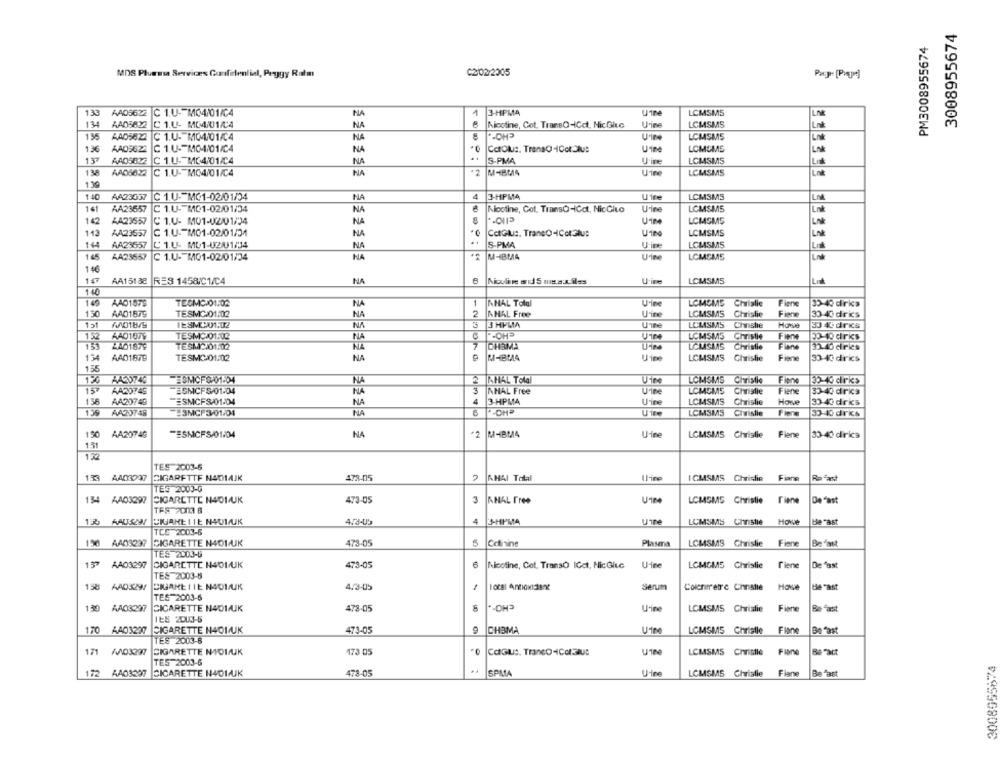
3008955674
PM3008955674
MDS Plumasa Serviræs Confidential, Peggy Ratm
C2/02/2005
133
AAD5622
C 1.U -- M04/01/C4
NA
1
3-HPMA
Uine
LCMSM5
LN
134
AA05822
Urine
LCMSMS
C 1.U- M04/01/4
NA
Nicotine, Cot. TransQ-ICct, Nic Gitc
135
AAD5623
C 1.U. M04/01/04
LCMSMS
LA
136
AAD9622
C 1.U. M04/01/C4
N
Catolut. TransO-ICotOlus
LOMOMS
L-
13ª
AAD5622
C 1.U.TMC4/01/C4
NA
S-PMA
U'ine
LCMSMS
138
AAD5622
C 1.U- MO4/01/C4
Urine
LCMSMS
139
140
AA23037
C 1.U- MC1-02/01/04
NA
3-HPMA
Uire
LCMSMS
Lnd
141
AA23657
C 1.U- MC1-02/01/34
NA
Klootine, Cot. TransÒ-ICct, NicCito
Udine
LGMSMS
142
AA23557
C 1.U. M01-02/01/34
NA
LCMSMS
LA
143
AA23557
C 1.U .- M01-02/01/04
NA
CatGlut. TransO-ICelSlus
LCMSMS
LN
144
AA23557
C14 ML1-0201/34
NA
S-PMA
LOMSMS
145
AA23657
C 1.U. M01-02/01/34
NA
M-IBMA
Urine
LCMSMS
Lng
146
AA15138
RE3 1458C1/C4
NA
Nicoline and 5 usautiles
U'ive
LCMSM5
333333 333333 3
149
AAD1579
TEGMC 01.02
NA
ANAL Tolal
Urine
LCMOMS Chrislie
Flene
35-40 dirks
150
AAD1879
TESMC 01.02
NA
2
ANAL Free
U-ine
LCMSMS
Chrislie
Fiene
30-40 dris
151
AND18/9
IESMIX01.12
NA
3
3 HPMA
Une
LEMSMS
Chnstie
Howe
33 4C drics
AAD1079
TESMC/01.02
NA
ZOH
Uine
LCMSM5
Christie
Finne
20-10 dirks
152
ZA01879
TESMC101:02
NA
7
CHAMA
LCLASMAS
Christie
Fiane
32.40 diris
13
AAD1879
TESMC/01/02
NA
M-BLA
Uire
LCMSMS Chrislie
Fiene
33-40 dirics
155
AA20740
ESMCF0-01-04
2
KHAL TOla
Uine
LOMSMS Christie
Fiene
35-40 drks
15
NA
AA20749
ESMCFS/01-04
NHAL Free
Uite
LCMSMS
Christie
Fiane
30-40 drics
AA20749
-ESMCFS/01-04
NA
3-HPMA
Urine
LCMSMS
Chrislie
Howe
30-40 drics
AA23748
-3MGF3-01/04
NA
LCMSM5
Civislie
Fiene
33-40 drkcs
150
AA2074G
-ESMICFS/01/04
NA
*2
M4BM4
U-ine
LCMSMS Christie
Flene
30-40 dirics
131
152
TES 2003-6
133 AAD3297
CIGARETTE NADIAJK
478-05
2
AMAL Total
IFire
ICMSMS Chrislie Fiane
Rofast
TES 2003-G
134 AA03297
CIGARETTE N401/UK
473-05
3
ANAL Free
LCMSMS Christie Tiene
De "ast
TFS 200 8
12
AAUSZNY
4.73-05
4
3-HPMA
uine
LCMSMS Chnstie
Howe
be "ast
TCC 2003-6
196 AA03237
CIGARETTE N401/UK
473-05
5
Colinine
Plasma
LOMSMS Chrislie
Fiene
Be 'ast
TES 2003-8
13ª AA03297
CIGARETTE H401/UK
6
LGMGMS Chrislie
Tiene
De 'ast
473-05
Nicotine, Cot. TransO IGct, NicGluc U-ine
TES 2003-8
158 AAD3297
CIGARE IIE NAO1/UK
4.3-05
Serum
Colchimetre Chnstie
Howwe
He -ast
TES 2003-6
CHO -.
130
AA03297
CIGARETTE N401/UK
478-05
Urine
LCMSMS Christie
Fiene
Be fast
IES 2003-5
170 AA03297
CIGARETTE N401/UK
473-05
9
ICH3MA
LOMSMS Christle
Flane
Be fast
TES 2003-8
171
W03297
CIGARETTE NIOLUK
173 05
CatGus. Tranco4Celsius
LCMSMS Christle
Fine
Be fact
TES 2003-6
2008955874
172
AAO3397 CICARETTE N401/UK
478-05
SPMA
Urine
LCMSMS Christie
Flane
Be 'ast